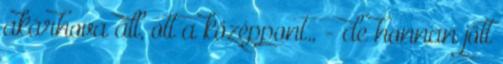
akárhova áll, ott a középpont., - de honnan jött